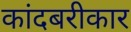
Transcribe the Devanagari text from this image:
कांदबरीकार